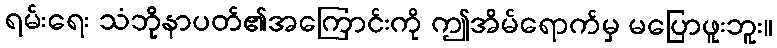
ရမ်းရေး သံဘိုနာပတ်၏အကြောင်းကို ဤအိမ်ရောက်မှ မပြောဖူးဘူး။